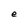
Character: e